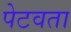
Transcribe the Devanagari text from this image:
पेटवता